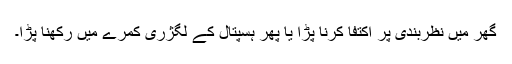
گھر میں نظربندی پر اکتفا کرنا پڑا یا پھر ہسپتال کے لگژری کمرے میں رکھنا پڑا۔